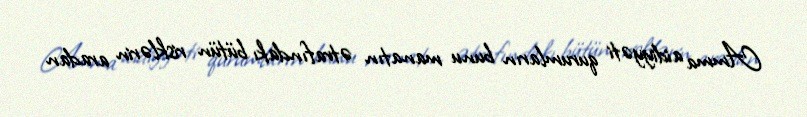
Amma aidiyyəti qurumların bunu manatın ətrafındakı bütün risklərin aradan